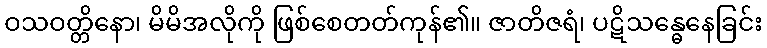
ဝသဝတ္တိနော၊ မိမိအလိုကို ဖြစ်စေတတ်ကုန်၏။ ဇာတိဇရံ၊ ပဋိသန္ဓေနေခြင်း